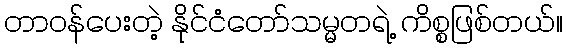
တာဝန်ပေးတဲ့ နိုင်ငံတော်သမ္မတရဲ့ ကိစ္စဖြစ်တယ်။